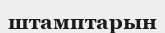
штамптарын